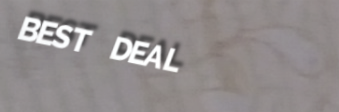
BEST DEAL